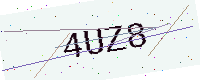
Text: 4UZ8